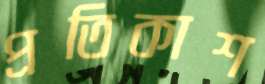
প্রতিকাশ